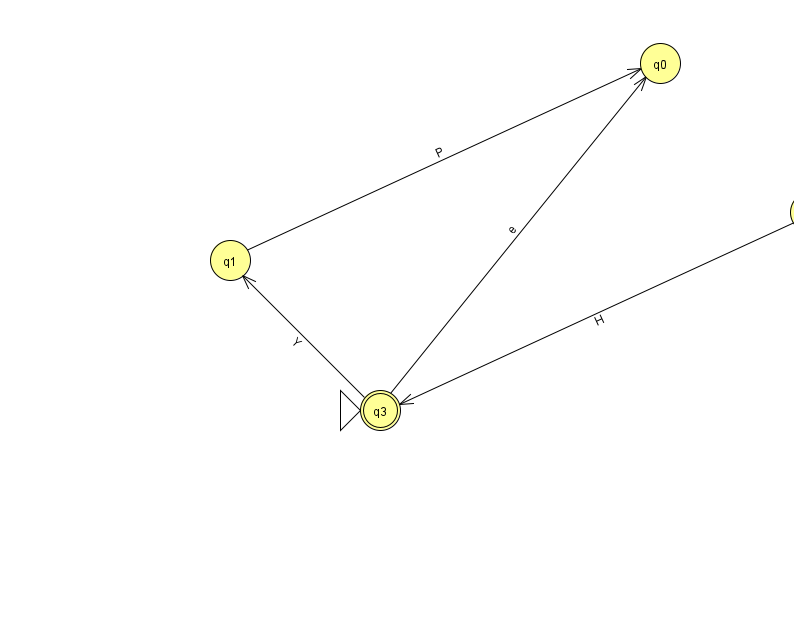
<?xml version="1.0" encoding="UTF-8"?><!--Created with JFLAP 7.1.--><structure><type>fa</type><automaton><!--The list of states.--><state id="0" name="q0"><x>660.0</x><y>50.0</y></state><state id="1" name="q1"><x>230.0</x><y>247.0</y></state><state id="2" name="q2"><x>810.0</x><y>199.0</y></state><state id="3" name="q3"><x>380.0</x><y>397.0</y><initial/><final/></state><!--The list of transitions.--><transition><from>1</from><to>0</to><read>P</read></transition><transition><from>3</from><to>0</to><read>e</read></transition><transition><from>3</from><to>1</to><read>Y</read></transition><transition><from>2</from><to>3</to><read>H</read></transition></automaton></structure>